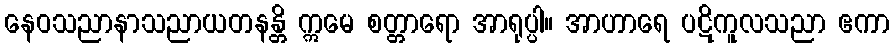
နေဝသညာနာသညာယတနန္တိ ဣမေ စတ္တာရော အာရုပ္ပါ။ အာဟာရေ ပဋိကူလသညာ ဧကာ